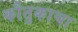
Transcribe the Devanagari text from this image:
कौतुकाचा